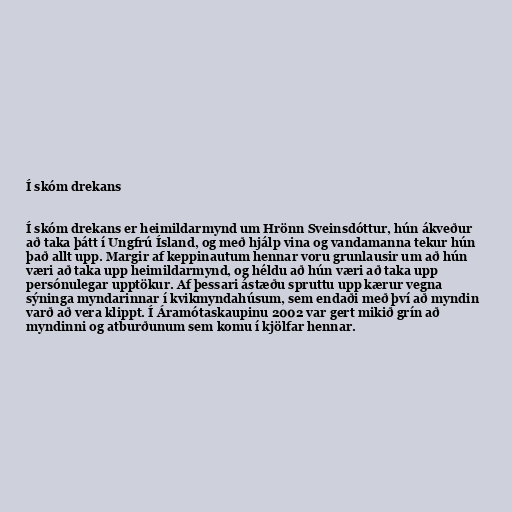
Í skóm drekans

Í skóm drekans er heimildarmynd um Hrönn Sveinsdóttur, hún ákveður
að taka þátt í Ungfrú Ísland, og með hjálp vina og vandamanna tekur hún
það allt upp. Margir af keppinautum hennar voru grunlausir um að hún
væri að taka upp heimildarmynd, og héldu að hún væri að taka upp
persónulegar upptökur. Af þessari ástæðu spruttu upp kærur vegna
sýninga myndarinnar í kvikmyndahúsum, sem endaði með því að myndin
varð að vera klippt. Í Áramótaskaupinu 2002 var gert mikið grín að
myndinni og atburðunum sem komu í kjölfar hennar.